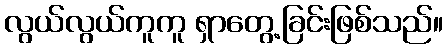
လွယ်လွယ်ကူကူ ရှာတွေ့ခြင်းဖြစ်သည်။